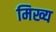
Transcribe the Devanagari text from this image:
मिख्य